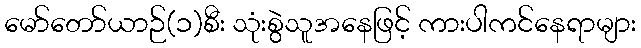
မော်တော်ယာဉ်(၁)စီး သုံးစွဲသူအနေဖြင့် ကားပါကင်နေရာများ